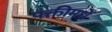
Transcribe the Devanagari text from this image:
पंक्तीमधे